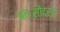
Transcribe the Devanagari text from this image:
अंतःसौंदर्य